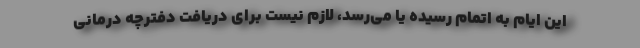
این ایام به اتمام رسیده یا می‌رسد، لازم نیست برای دریافت دفترچه درمانی